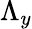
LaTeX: \Lambda_{y}